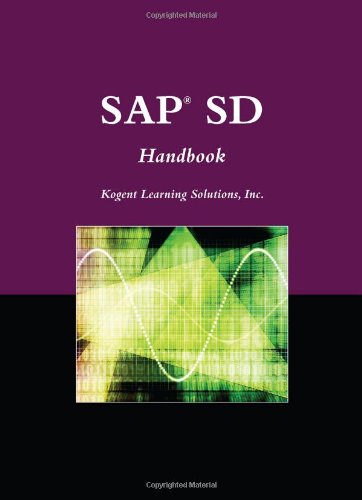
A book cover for SAPÂ® SD Handbook (The Jones and Bartlett Publishers Sap Book Series); Inc., Kogent Learning Solutions; Computers & Technology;